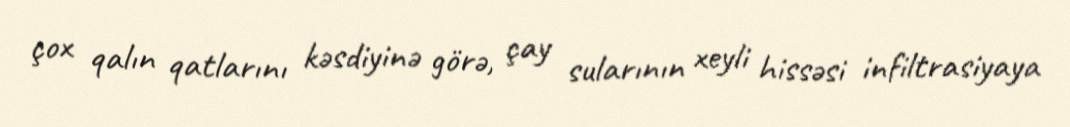
çox qalın qatlarını kəsdiyinə görə, çay sularının xeyli hissəsi infiltrasiyaya